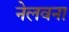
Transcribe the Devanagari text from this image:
नेलवना